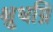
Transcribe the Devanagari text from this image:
क्षुधग्नि